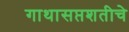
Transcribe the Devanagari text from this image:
गाथासप्तशतीचे